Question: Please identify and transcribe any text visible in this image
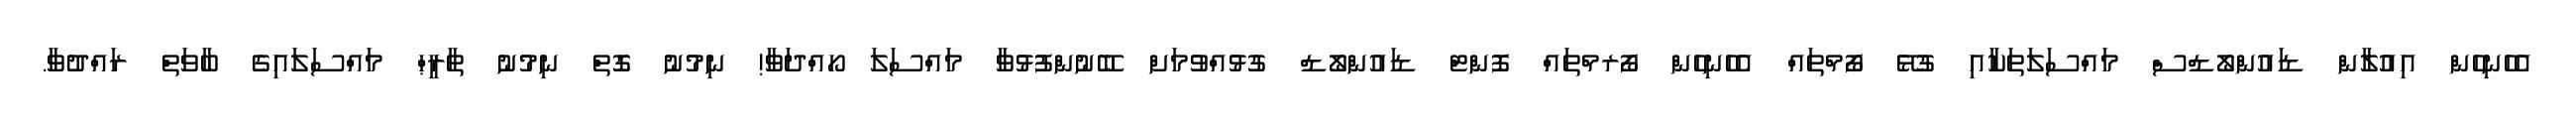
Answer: އެހެނިހެން އިއުލާން ޑައުންލޯޑްސް މައްސަލަތަކާއި ގުޅޭ ފޯމްތައް އެހެނިހެން ފޯރމްތައް ފޮންޓް ޑައުންލޯޑް ގުޅުއްވުމަށް ބޭނުންފުޅުވާ މައްސަލަ ހޯއްދަވާ! ނިމުނު ގޮތް ނިމުނު ތާރީޙް މައްސަލައިގެ ބާވަތް ރައްދުވާ.